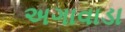
અગાવાડા